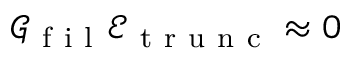
\mathcal { G } _ { \mathrm { ~ f ~ i ~ l ~ } } \mathcal { E } _ { \mathrm { ~ t ~ r ~ u ~ n ~ c ~ } } \approx 0